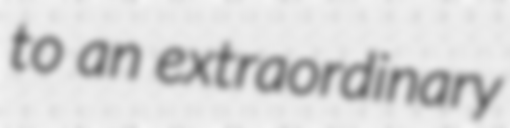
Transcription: to an extraordinary